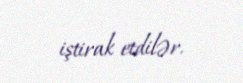
iştirak etdilər.